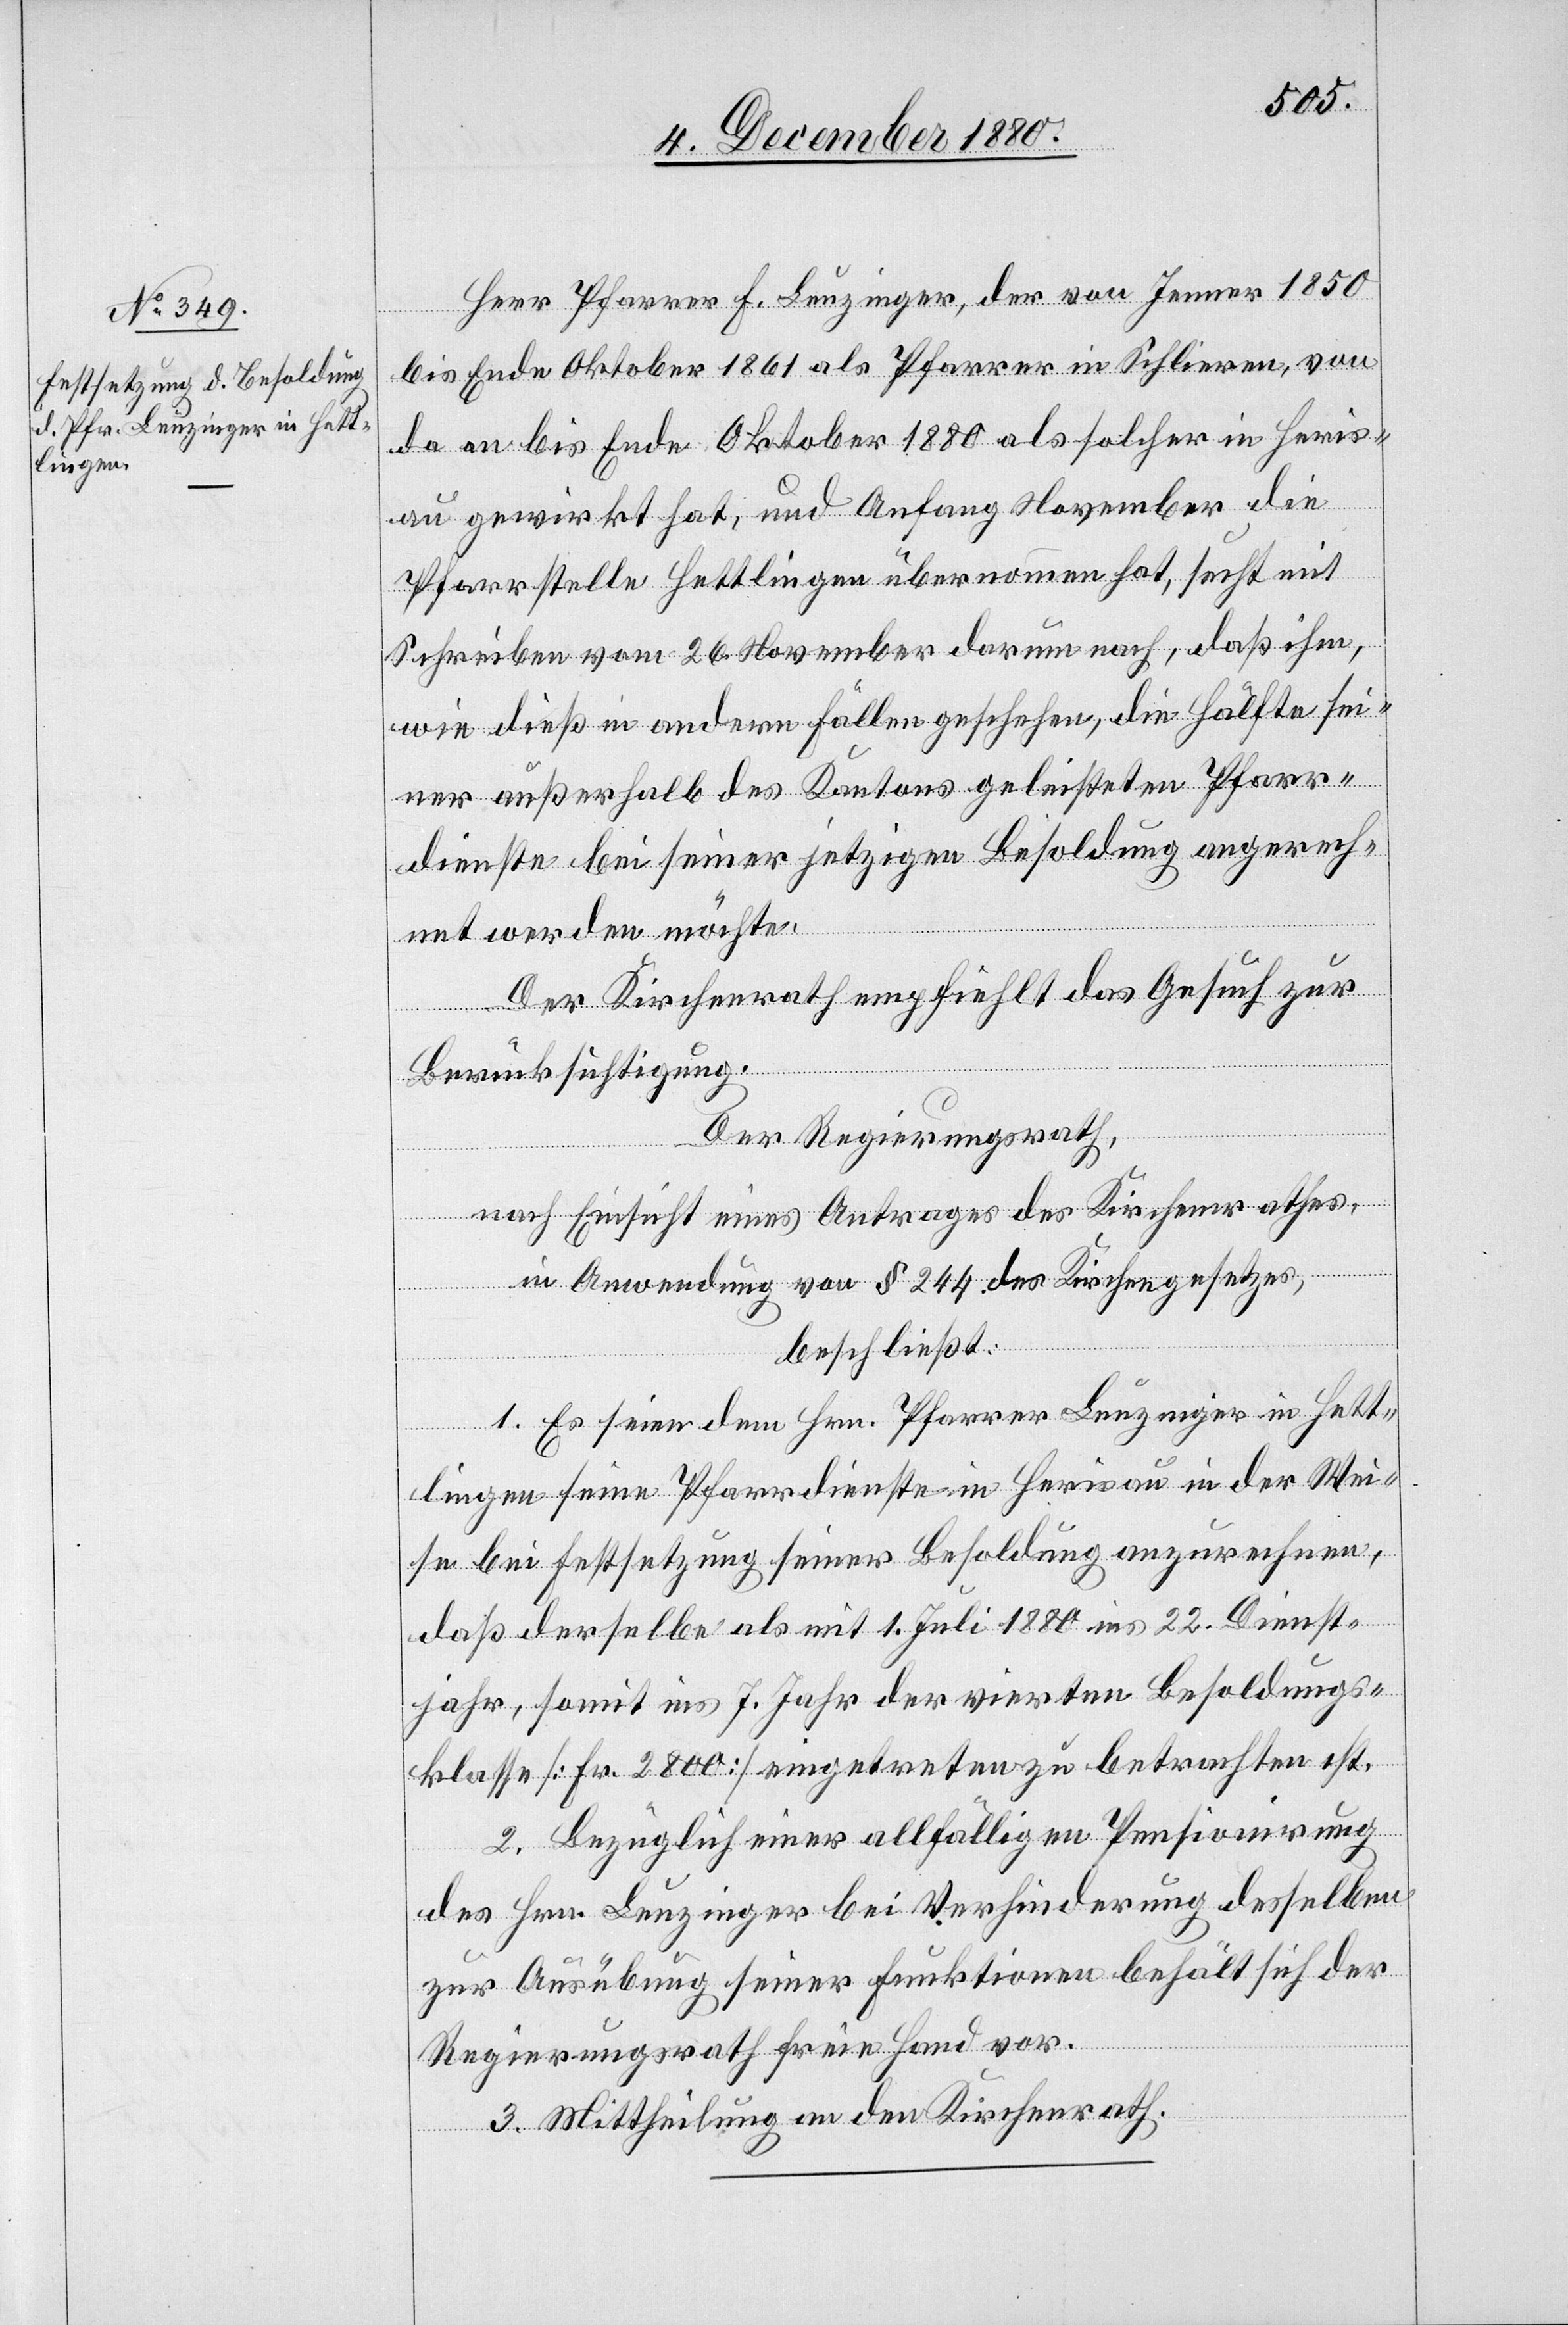
Herr Pfarrer F. Leuzinger, der von Jenner 1850
bis Ende Oktober 1861 als Pfarrer in Schlieren, von
da an bis Ende Oktober 1880 als solcher in Heris¬
au gewirkt hat, und Anfang November die
Pfarrstelle Hettlingen übernommen hat, sucht mit
Schreiben vom 26. November darum nach, daß ihm,
wie dieß in andern Fällen geschehen, die Hälfte sei¬
ner außerhalb des Kantons geleisteten Pfarr¬
dienste bei seiner jetzigen Besoldung angerech¬
net werden möchte.
Der Kirchenrath empfiehlt das Gesuch zur
Berücksichtigung.
Der Regierungsrath,
nach Einsicht eines Antrages des Kirchenrathes,
in Anwendung von § 244 des Kirchengesetzes,
beschließt:
1. Es seien dem Hrn. Pfarrer Leuzinger in Hett¬
lingen seine Pfarrdienste in Herisau in der Wei¬
se bei Festsetzung seiner Besoldung anzurechnen,
daß derselbe als mit 1. Juli 1880 ins 22. Dienst¬
jahr, somit ins 7. Jahr der vierten Besoldungs¬
klasse [Fr. 2800] eingetreten zu betrachten ist.
2. Bezüglich einer allfälligen Pensionirung
des Hrn. Leuzinger bei Verhinderung desselben
zur Ausübung seiner Funktionen behält sich der
Regierungsrath freie Hand vor.
3. Mittheilung an den Kirchenrath.